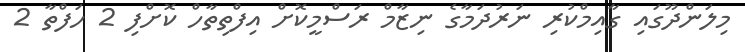
މިލަންދޫގައި ގާއިމްކުރި ނަރުދަމާގެ ނިޒާމް ރަސްމީކޮށް އިފްތިތާހް ކޮށްފި 2 ހަފްތާ 2